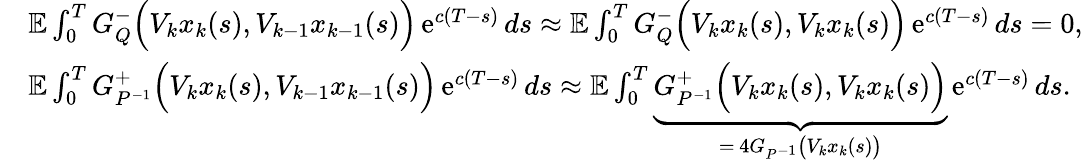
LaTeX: \begin{array}{rl}&{\mathbb E\int_{0}^{T}G_{Q}^{-}\Big(V_{k}x_{k}(s),V_{k-1}x_{k-1}(s)\Big)\operatorname{e}^{c(T-s)}ds\approx\mathbb E\int_{0}^{T}G_{Q}^{-}\Big(V_{k}x_{k}(s),V_{k}x_{k}(s)\Big)\operatorname{e}^{c(T-s)}ds=0,}\\ &{\mathbb E\int_{0}^{T}G_{P^{-1}}^{+}\Big(V_{k}x_{k}(s),V_{k-1}x_{k-1}(s)\Big)\operatorname{e}^{c(T-s)}ds\approx\mathbb E\int_{0}^{T}\underbrace{G_{P^{-1}}^{+}\Big(V_{k}x_{k}(s),V_{k}x_{k}(s)\Big)}_{=\, 4G_{P^{-1}}\big(V_{k}x_{k}(s)\big)}\operatorname{e}^{c(T-s)}ds.}\end{array}